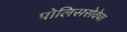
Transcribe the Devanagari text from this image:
पोलिससेवेचा